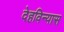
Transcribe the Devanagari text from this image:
देहविन्यास